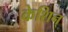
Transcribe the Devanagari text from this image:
केशिन्